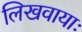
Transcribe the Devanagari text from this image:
लिखवायाः